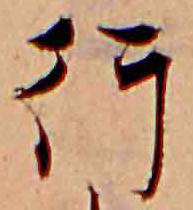
行